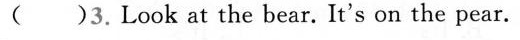
( )3.Look at the bear.It's on the pear.